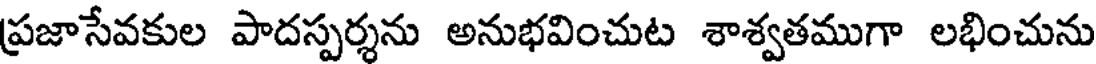
ప్రజాసేవకుల పాదస్పర్శను అనుభవించుట శాశ్వతముగా లభించును